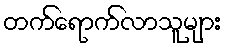
တက်ရောက်လာသူများ